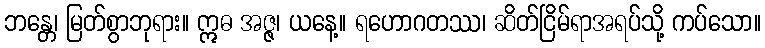
ဘန္တေ၊ မြတ်စွာဘုရား။ ဣဓ အဇ္ဇ၊ ယနေ့။ ရဟောဂတဿ၊ ဆိတ်ငြိမ်ရာအရပ်သို့ ကပ်သော။